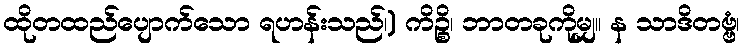
ထိုတထည်ပျောက်သော ရဟန်းသည်၊) ကိဉ္စိ၊ ဘာတခုကိုမျှ။ န သာဒိတဗ္ဗံ၊